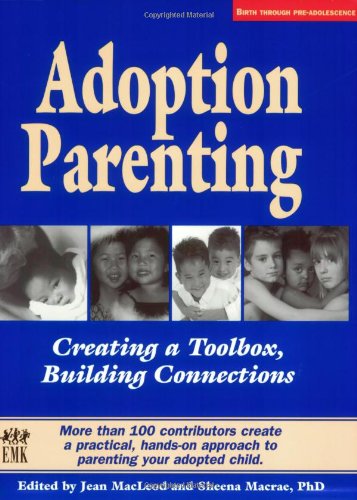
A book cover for Adoption Parenting: Creating a Toolbox, Building Connections; Parenting & Relationships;